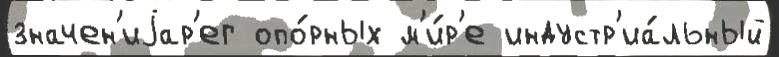
значен'иjар'ег опо́рных м'и́р'е индустр'иа́льный